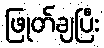
ဖြုတ်ချပြီး